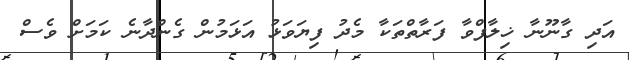
އަދި ގާނޫނާ ޚިލާފްވާ ފަރާތްތަކާ މެދު ފިޔަވަޅު އަޅަމުން ގެންދާނެ ކަމަށް ވެސް